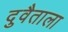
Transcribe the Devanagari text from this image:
दुवैताला